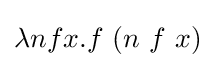
\lambda nfx.f\ (n\ f\ x)